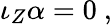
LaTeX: \iota_{Z}\alpha=0\ ,